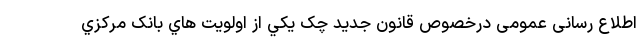
اطلاع رسانی عمومی درخصوص قانون جدید چک یکي از اولويت هاي بانک مرکزي